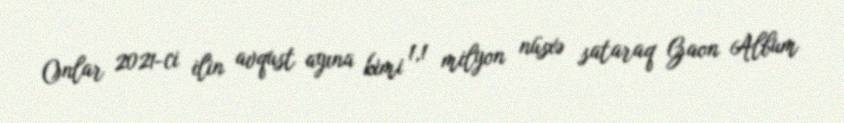
Onlar 2021-ci ilin avqust ayına kimi 1,1 milyon nüsxə sataraq Gaon Album